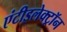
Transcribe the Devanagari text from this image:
एंटीइलेक्ट्रॉन